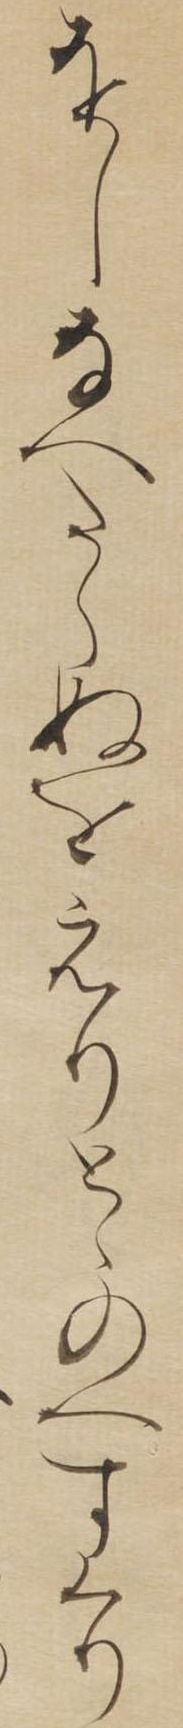
をしなへたらぬをえりとゝのへすくり